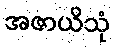
အဇာယိသုံ